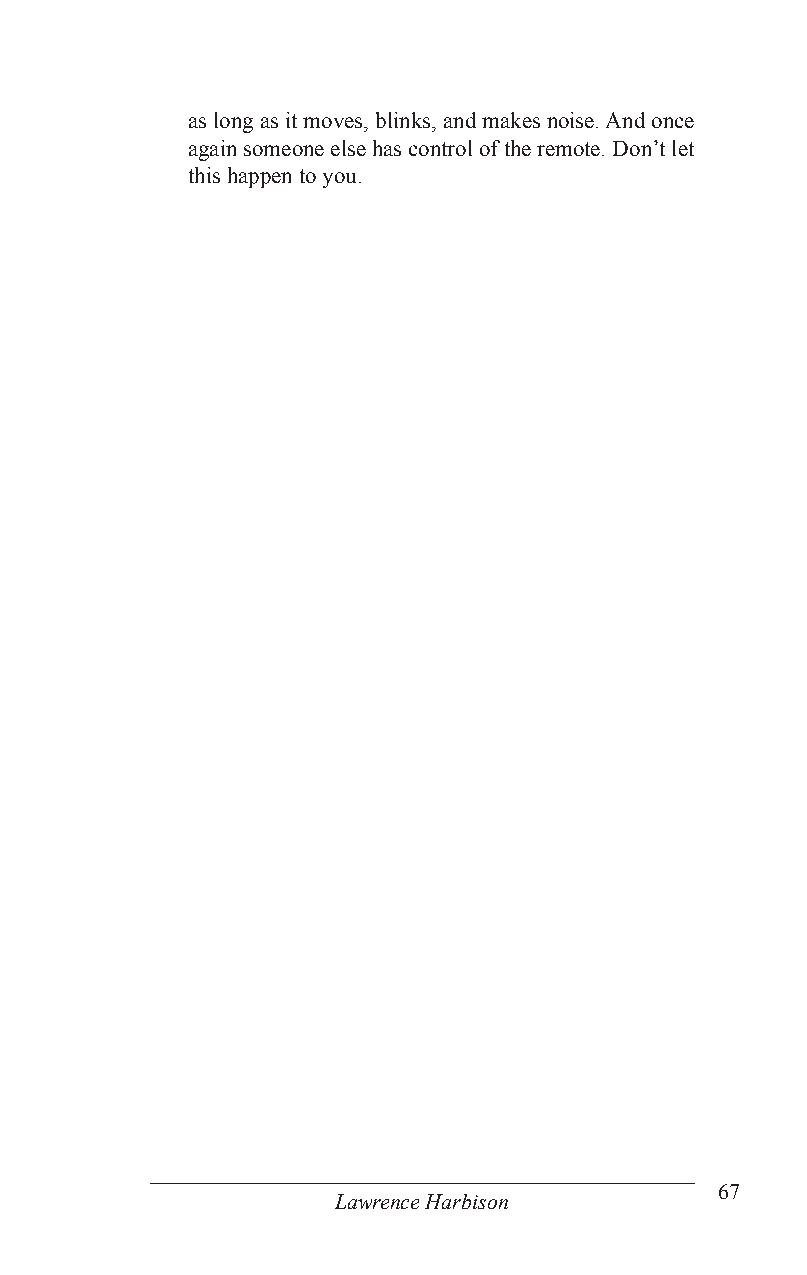
as long as it moves, blinks, and makes noise. And once
 again someone else has control of the remote. Don’t let
 this happen to you.
 67
 Lawrence Harbison